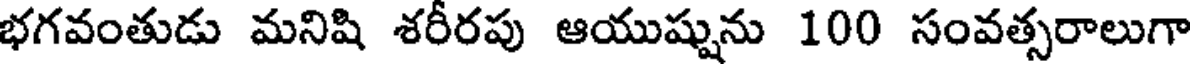
భగవంతుడు మనిషి శరీరపు ఆయుష్షును 100 సంవత్సరాలుగా